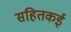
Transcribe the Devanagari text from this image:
सहितकई